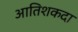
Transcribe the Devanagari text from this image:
आतिशकदा